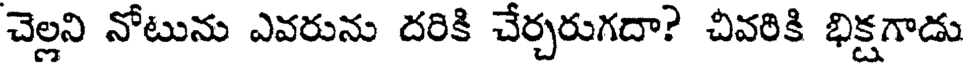
చెల్లని నోటును ఎవరును దరికి చేర్చరుగదా? చివరికి భిక్షగాడు